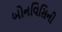
બોનવિસિની